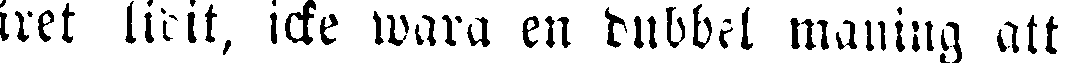
iret lidit, icke wara en dubbel maning att